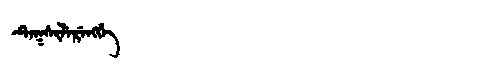
Manchu: ᡨᡝᡴᠰᡳᠯᡝᡵᡝᠩᡤᡝ
Romanization: TEKSILERENGGE